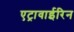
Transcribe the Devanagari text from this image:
एट्रावाईरिन